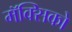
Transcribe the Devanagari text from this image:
मॅक्सिको